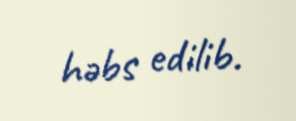
həbs edilib.